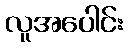
လူအပေါင်း